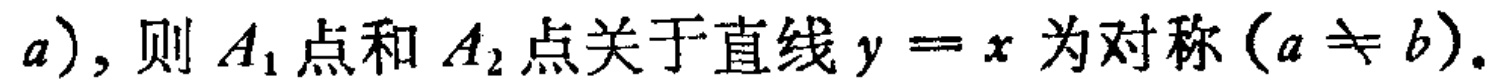
$a),则\ A_1点和\ A_2点关于直线\ y = x\ 为对称\ (a\neq b).$